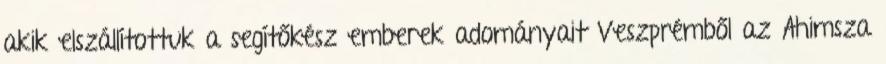
akik elszállítottuk a segítőkész emberek adományait Veszprémből az Ahimsza